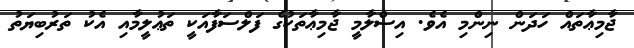
ޖާމިޢާތައް ހަދަން ނިންމި އެވެ. އިސްލާމީ ޖާމިޢާތަކުގެ ފަލްސަފާއަކީ ތަޢުލީމާއި އެކު ތަރުބިޔަތު